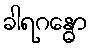
ခါရဂန္ဓော